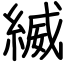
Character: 縅